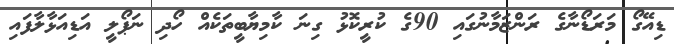
ޑިއޭގޯ މަރަޑޯނާގެ ރަންޒަމާނުގައި 90ގެ ކުރީކޮޅު ގިނަ ކާމިޔާބީތަކެއް ހޯދި ނަޕޯލީ އަޑިއަޅާލާފައި